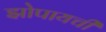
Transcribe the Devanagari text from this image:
झोपायची